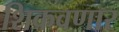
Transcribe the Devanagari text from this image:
शिकवणार